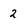
Character: 2